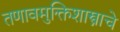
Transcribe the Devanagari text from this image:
तणावमुक्तिशास्त्राचे